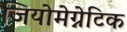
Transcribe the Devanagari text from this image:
जियोमेग्नेटिक